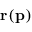
\mathbf { r } ( \mathbf { p } )